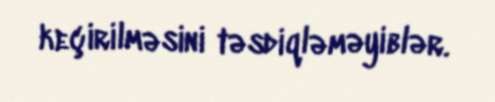
keçirilməsini təsdiqləməyiblər.